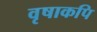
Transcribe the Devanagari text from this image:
वृषाकपि